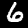
Digit: 6